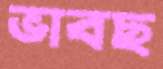
ভাবছ